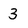
Character: 3